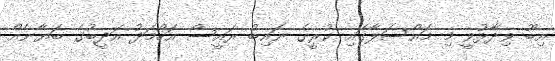
އިބޫ ވިދާޅުވީ މި މައްސަލާގައި ކުރީގެ ނައިބު ރައީސް އަހްމަދު އަދީބުގެ ބަޔާނެއް